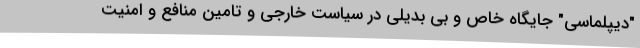
"دیپلماسی" جایگاه خاص و بی بدیلی در سیاست خارجی و تامین منافع و امنیت